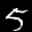
Label: 5